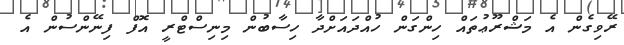
ރޭވިގެން އެ މަޝްރޫޢުތައް ހިންގަން ހުއްދައަށްދާ ހިސާބުން މިނިސްޓްރީ އޮފް ފިނޭންސުން އެ